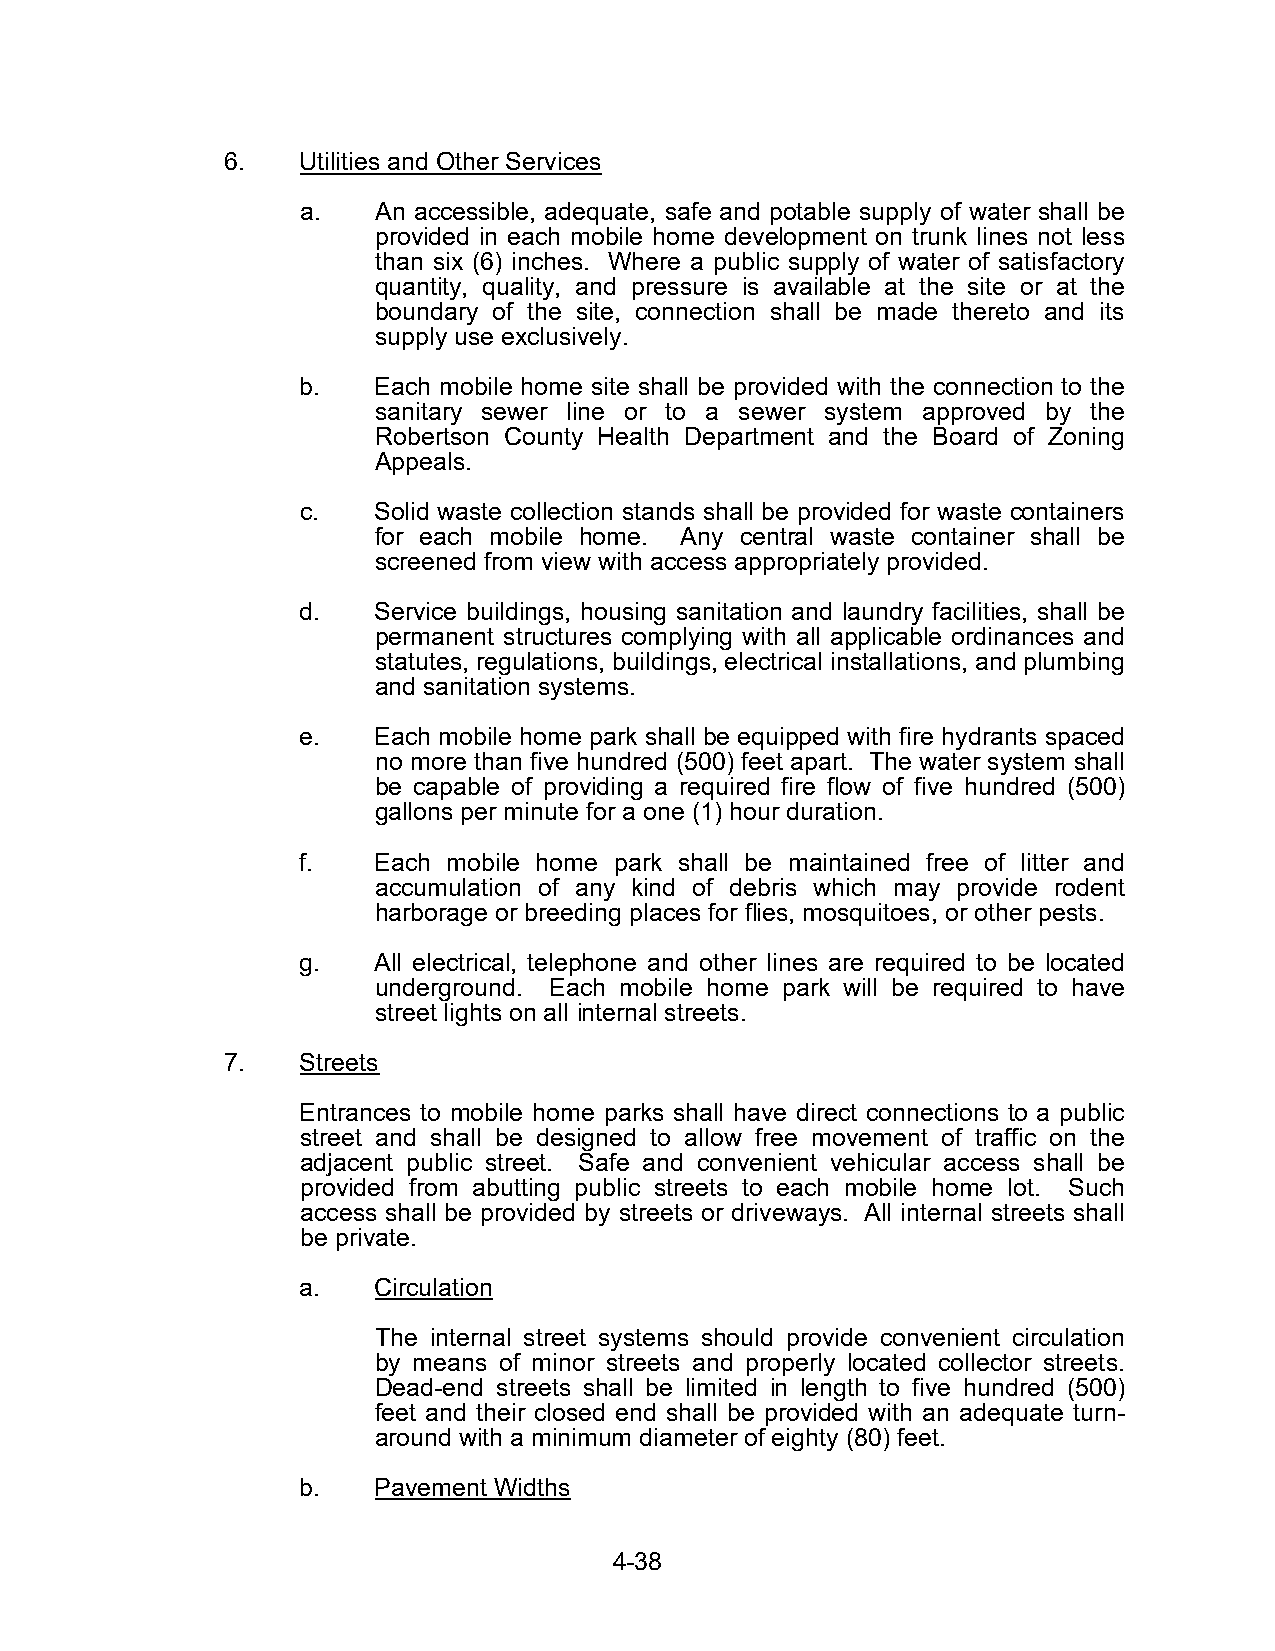
6.   Utilities and Other Services
 a.   An accessible, adequate, safe and potable supply of water shall be
 provided in each mobile home development on trunk lines not less
 than six (6) inches. Where a public supply of water of satisfactory
 quantity, quality, and pressure is available at the site or at the
 boundary of the site, connection shall be made thereto and its
 supply use exclusively.
 b.   Each mobile home site shall be provided with the connection to the
 sanitary sewer line or to a sewer system approved by the
 Robertson County Health Department and the Board of Zoning
 Appeals.
 c.   Solid waste collection stands shall be provided for waste containers
 for each mobile home. Any central waste container shall be
 screened from view with access appropriately provided.
 d.   Service buildings, housing sanitation and laundry facilities, shall be
 permanent structures complying with all applicable ordinances and
 statutes, regulations, buildings, electrical installations, and plumbing
 and sanitation systems.
 e.   Each mobile home park shall be equipped with fire hydrants spaced
 no more than five hundred (500) feet apart. The water system shall
 be capable of providing a required fire flow of five hundred (500)
 gallons per minute for a one (1) hour duration.
 f.   Each mobile home park shall be maintained free of litter and
 accumulation of any kind of debris which may provide rodent
 harborage or breeding places for flies, mosquitoes, or other pests.
 g.   All electrical, telephone and other lines are required to be located
 underground. Each mobile home park will be required to have
 street lights on all internal streets.
 7.   Streets
 Entrances to mobile home parks shall have direct connections to a public
 street and shall be designed to allow free movement of traffic on the
 adjacent public street. Safe and convenient vehicular access shall be
 provided from abutting public streets to each mobile home lot. Such
 access shall be provided by streets or driveways. All internal streets shall
 be private.
 a.   Circulation
 The internal street systems should provide convenient circulation
 by means of minor streets and properly located collector streets.
 Dead-end streets shall be limited in length to five hundred (500)
 feet and their closed end shall be provided with an adequate turn-
 around with a minimum diameter of eighty (80) feet.
 b.   Pavement Widths
 4-38